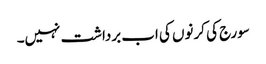
سورج کی کرنوں کی اب برداشت نہیں۔